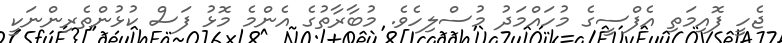
ޖެހީ ފޮއިމަތި އެފްސީގެ މުހައްމަދު މުސްލިހެވެ. މުބާރާތުގެ އެންމެ މޮޅު ފަސް ކުޅުންތެރިންނަކީ